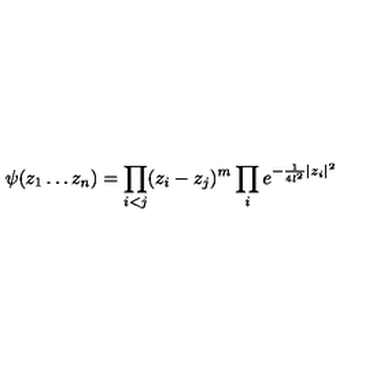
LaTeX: \psi ( z _ { 1 } \ldots z _ { n } ) = \prod _ { i < j } ( z _ { i } - z _ { j } ) ^ { m } \prod _ { i } e ^ { - \frac { 1 } { 4 l ^ { 2 } } | z _ { i } | ^ { 2 } }